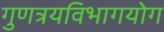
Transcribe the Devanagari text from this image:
गुणत्रयविभागयोग